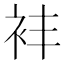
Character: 𬡈